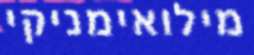
מילואימניקי